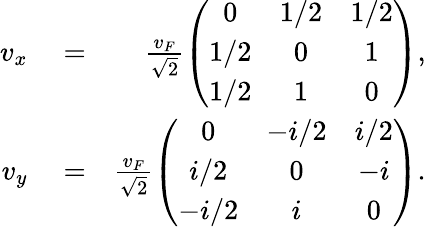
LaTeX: \begin{array}{rlr}{v_{x}}&{{}=}&{\frac{v_{F}}{\sqrt{2}}\left(\begin{array}{ccc}{0}&{1/2}&{1/2}\\ {1/2}&{0}&{1}\\ {1/2}&{1}&{0}\end{array}\right),}\\ {v_{y}}&{{}=}&{\frac{v_{F}}{\sqrt{2}}\left(\begin{array}{ccc}{0}&{-i/2}&{i/2}\\ {i/2}&{0}&{-i}\\ {-i/2}&{i}&{0}\end{array}\right).}\end{array}